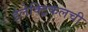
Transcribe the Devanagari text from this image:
ईलेक्ट्रिकलची